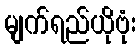
မျက်ရည်ယိုဗုံး